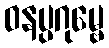
ဝနပ္ပဂုမ္ဗေ